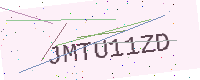
Text: JMTU11ZD